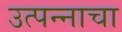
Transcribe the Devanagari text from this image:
उत्पन्‍नाचा